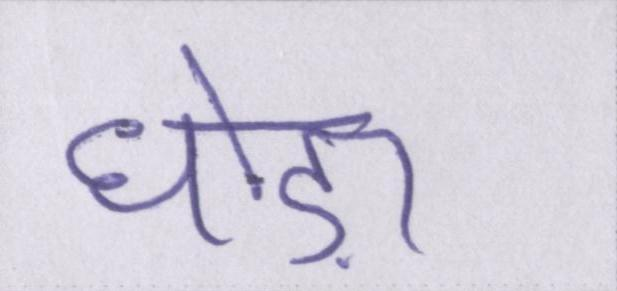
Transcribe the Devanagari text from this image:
घोड़ा